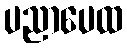
ပညာပေထ